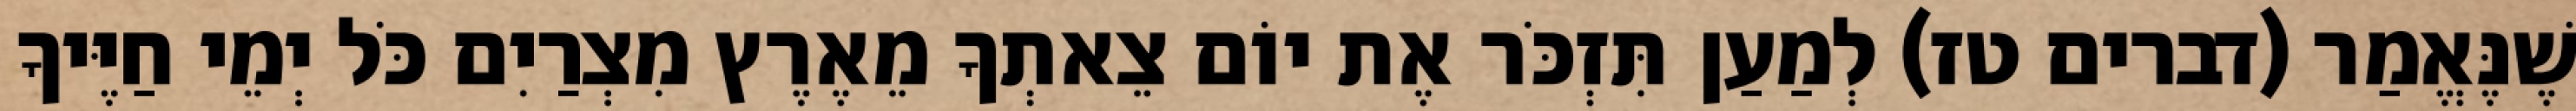
שֶׁנֶּאֱמַר (דברים טז) לְמַעַן תִּזְכֹּר אֶת יוֹם צֵאתְךָ מֵאֶרֶץ מִצְרַיִם כֹּל יְמֵי חַיֶּיךָ